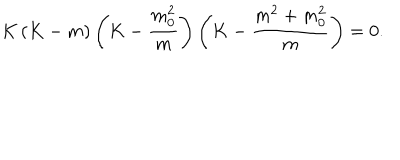
K \left( K - m \right) \left( K - \frac { m _ { 0 } ^ { 2 } } { m } \right) \left( K - \frac { m ^ { 2 } + m _ { 0 } ^ { 2 } } { m } \right) = 0 .